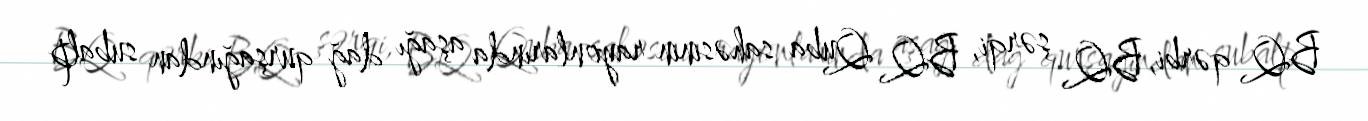
BQ qərbi, BQ şərqi, BQ Quba sahəsinin rayonlarında aşağı dağ qurşağından subalp